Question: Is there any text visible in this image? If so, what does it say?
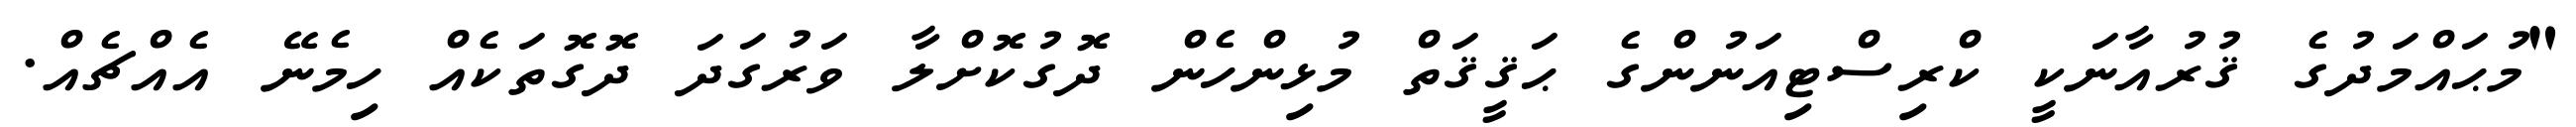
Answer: "މުޙައްމަދުގެ ޤުރުއާނަކީ ކްރިސްޓިއަނުންގެ ޙަޤީޤަތް މުޅިންހެން ދޮގުކޮށްލާ ވަރުގަދަ ދޮގޮތަކެއް ހިމެނޭ އެއްޗެއް.